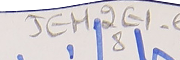
JEH2E1-618